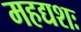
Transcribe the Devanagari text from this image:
महद्यशः